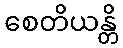
စေတိယန္တိ